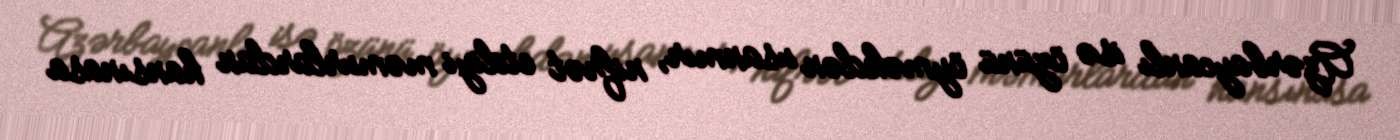
Azərbaycanlı isə özünü öyməkdən usanmır, nifrət etdiyi məmurlardan hansınasa